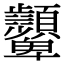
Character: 𩖓